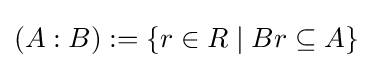
(A:B):=\{r\in R\mid Br\subseteq A\}